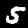
Label: 5